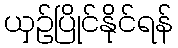
ယှဉ်ပြိုင်နိုင်ရန်